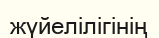
жүйелілігінің